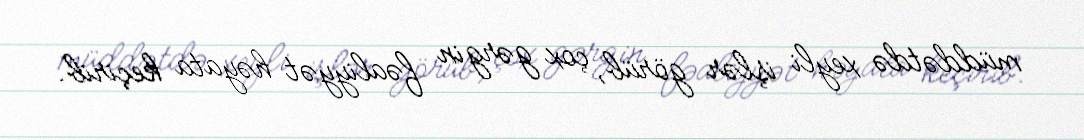
müddətdə xeyli işlər görüb, çox gərgin fəaliyyət həyata keçirib.